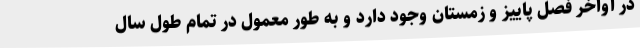
در اواخر فصل پاییز و زمستان وجود دارد و به طور معمول در تمام طول سال